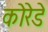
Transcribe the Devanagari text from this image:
कोरेडे